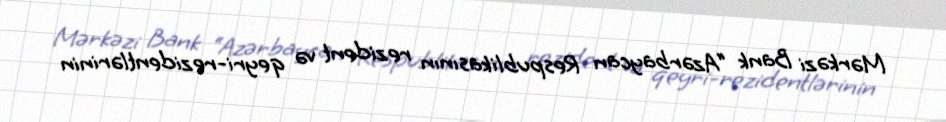
Mərkəzi Bank “Azərbaycan Respublikasının rezident və qeyri-rezidentlərinin